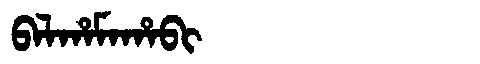
Manchu: ᠪᠠᠯᡥᠠᠮᠠᡥᠠᠪᡳ
Romanization: BALHAMAHABI